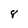
Character: 8